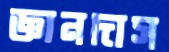
জ্ঞানদাস